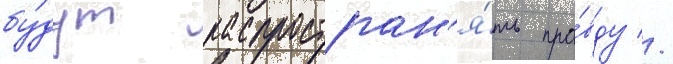
бу́дут распростран'я́ть пра́вду //